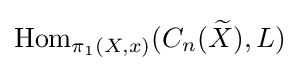
\operatorname {Hom} _{\pi _{1}(X,x)}(C_{n}({\widetilde {X}}),L)